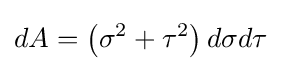
dA=\left(\sigma ^{2}+\tau ^{2}\right)d\sigma d\tau